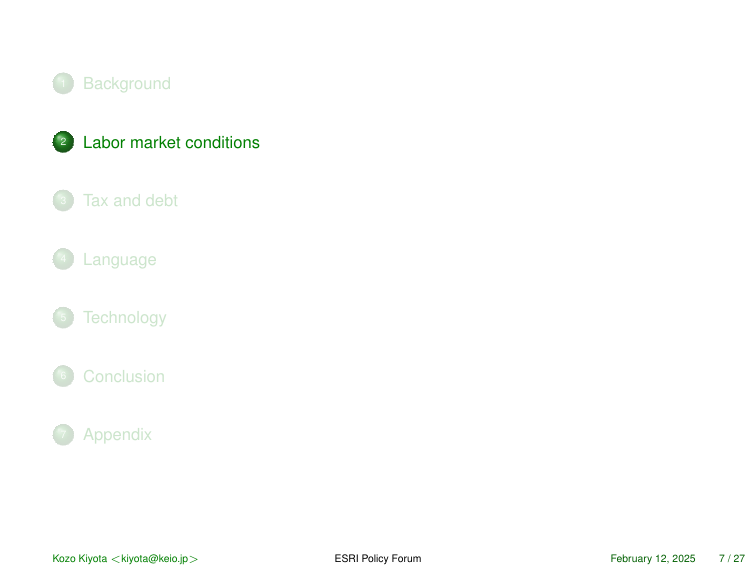
1 Background
2 Labor market conditions
3 Tax and debt
4 Language
5 Technology
6 Conclusion
7 Appendix

Kozo Kiyota <kiyota@keio.jp>
ESRI Policy Forum
February 12, 2025 7 / 27